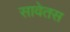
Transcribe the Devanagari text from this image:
सावेतस